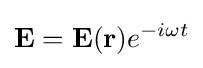
\mathbf {E} =\mathbf {E} (\mathbf {r} )e^{-i\omega t}